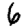
Digit: 6